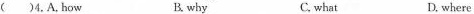
( )4.A.how B. why C. what D. where